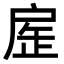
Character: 𢩏